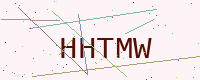
Text: HHTMW